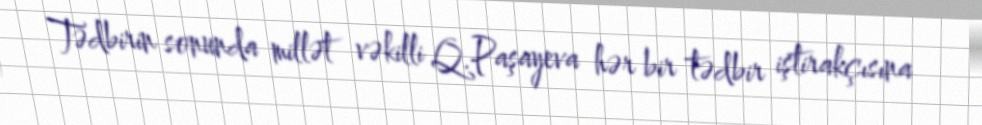
Tədbirin sonunda millət vəkilli Q.Paşayeva hər bir tədbir iştirakçısına